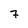
Character: 7